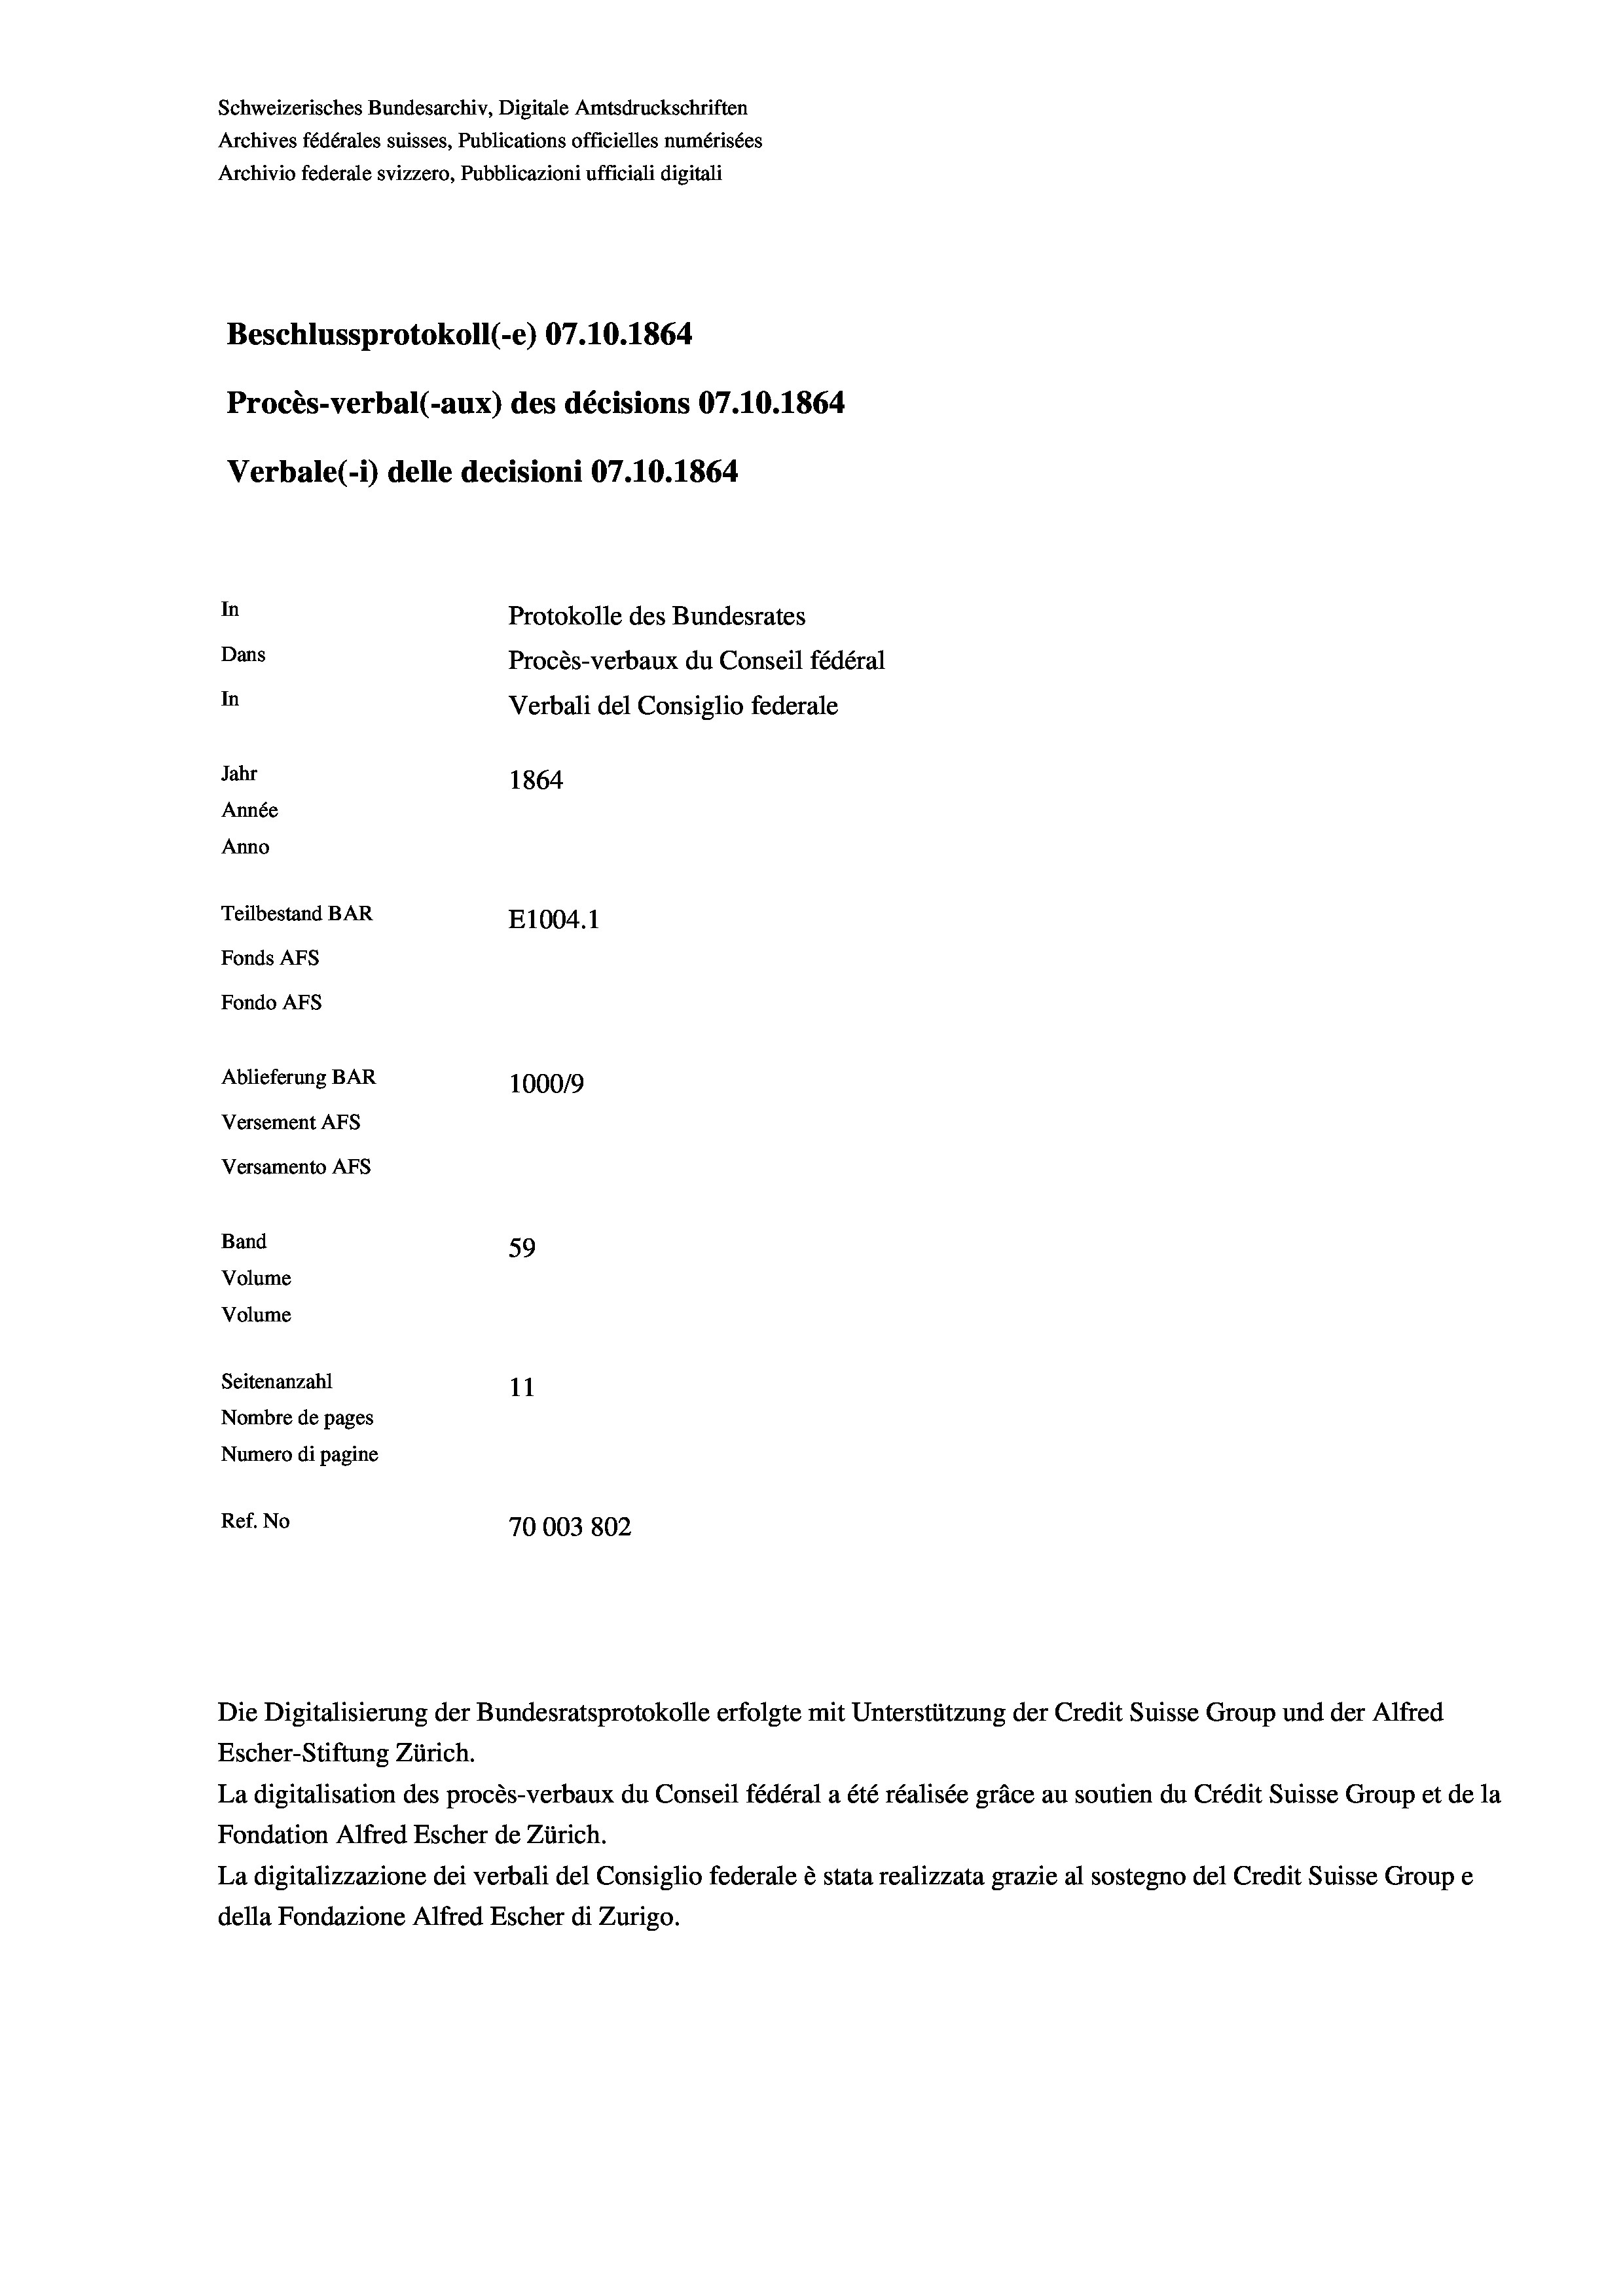
Schweizerisches Bundesarchiv, Digitale Amtsdruckschriften
Archives fédérales suisses, Publications officielles numérisées
Archivio federale svizzero, Pubblicazioni ufficiali digitali
Beschlussprotokoll (-e) 07.10.1864
Procès-verbal (-aux) des décisions 07.10.1864
Verbale (- 1) delle decisioni 07.10.1864
In
Protokolle des Bundesrates
Dans
Procès-verbaux du Conseil fédéral
In
Verbali del Consiglio federale
Jahr
1864
Année
Anno
Teilbestand BAR
E1004. 1
Fonds Afs
Fondo AFs
Ablieferung BAR
1000/9
Versement AFS
Versamento Afs
Band
59
Volume
Volume

Seitenanzahl
11
Nombre de pages
Numero di pagine
Ref. No
70003802

Escher-Stiftung Zürich.
La digitalisation des procès-verbaux du Conseil fédéral a été réalisée gräce au soutien du Crédit Suisse Group et de la
Fondation Alfred Escher de Zürich.
La digitalizzazione dei verbali del Consiglio federale è stata realizzata grazie al sostegno del Credit Suisse Groupe
della Fondazione Alfred Escher di Zurigo.

Die Digitalisierung der Bundesratsprotokolle erfolgte mit Unterstützung der Credit Suisse Group und der Alfred